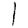
Digit: 1